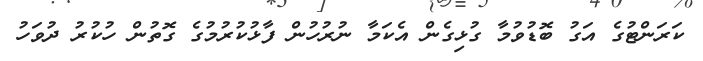
ކަރަންޓުގެ އަގު ބޮޑުވުމާ ގުޅިގެން އެކަމާ ނުރުހުން ފާޅުކުރުމުގެ ގޮތުން ހުކުރު ދުވަހު